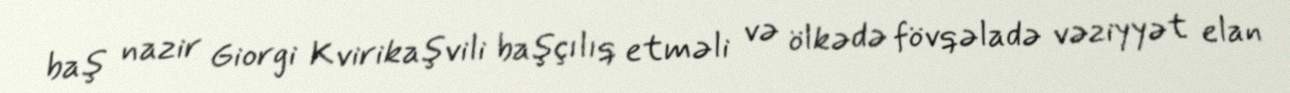
baş nazir Giorgi Kvirikaşvili başçılıq etməli və ölkədə fövqəladə vəziyyət elan